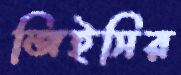
জিইসির